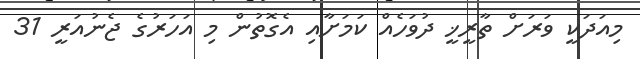
މިއަދަކީ ވަރަށް ތާރީޚީ ދުވަހެއް ކަމަށާއި އެގޮތުން މި އަހަރުގެ ޖެނުއަރީ 31